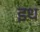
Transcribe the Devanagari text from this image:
इध